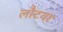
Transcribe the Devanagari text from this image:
लौटया